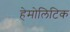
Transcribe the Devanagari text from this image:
हेमोलिटिक